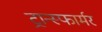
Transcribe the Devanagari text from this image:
ट्रान्स्फार्मर